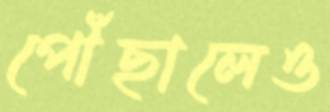
পৌঁছালেও